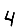
Digit: 4